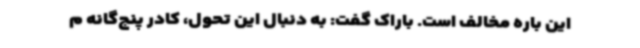
این باره مخالف است. باراک گفت: به دنبال این تحول، کادر پنج‌گانه م